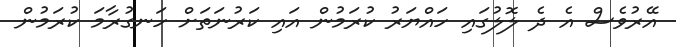
އޭރުވެސް އެ ދެ ލޮލުގައި ހައްޔަރު ކުރަމުން އައި ކަރުނަތަށް ހަނގުރާމަ ކުރަމުން